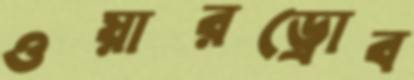
ওয়ারড্রোব